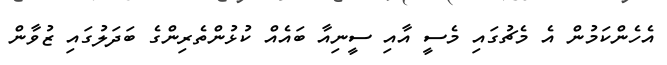
އެހެންކަމުން އެ މެޗުގައި މެސީ އާއި ސީނިއާ ބައެއް ކުޅުންތެރިންގެ ބަދަލުގައި ޒުވާން